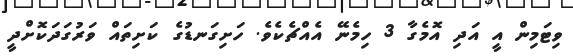
ވިޓަމިން އީ އަދި އޮމެގާ 3 ހިމެނޭ އެއްޗެކެވެ. ހަށިގަނޑުގެ ކަށިތައް ވަރުގަދަކޮށްދީ